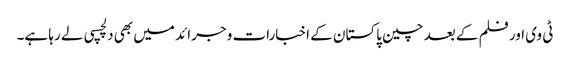
ٹی وی اور فلم کے بعد چین پاکستان کے اخبارات و جرائد میں بھی دلچسپی لے رہا ہے۔